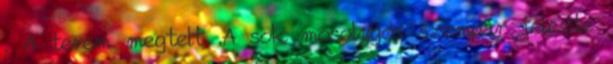
. A terem megtelt .A sok mosolygós szempár jelezte